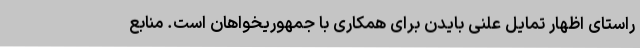
راستای اظهار تمایل علنی بایدن برای همکاری با جمهوریخواهان است. منابع